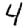
Digit: 4